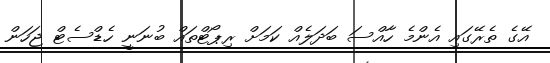
އޭގެ ތެރޭގައި އެންމެ ހާއްސަ ބަދަލެއް ކަމަށް ރިޕޯޓްތައް ބުނަނީ ހެޑްސެޓް ޖަހަން